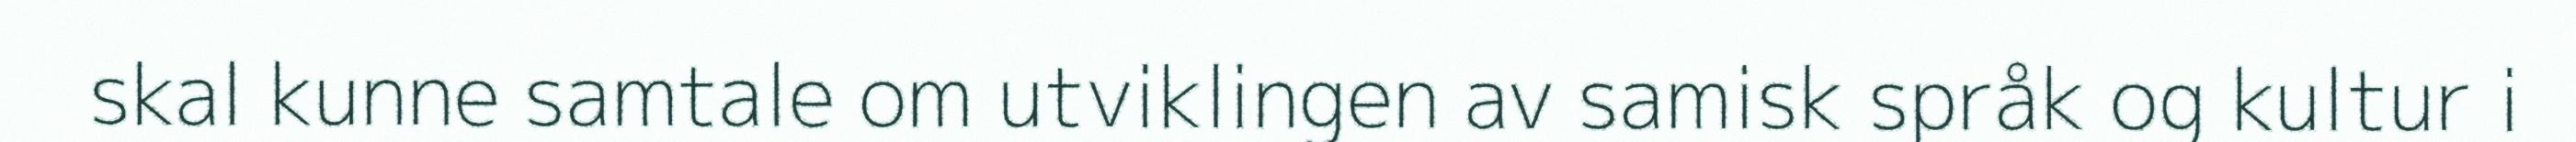
skal kunne samtale om utviklingen av samisk språk og kultur i